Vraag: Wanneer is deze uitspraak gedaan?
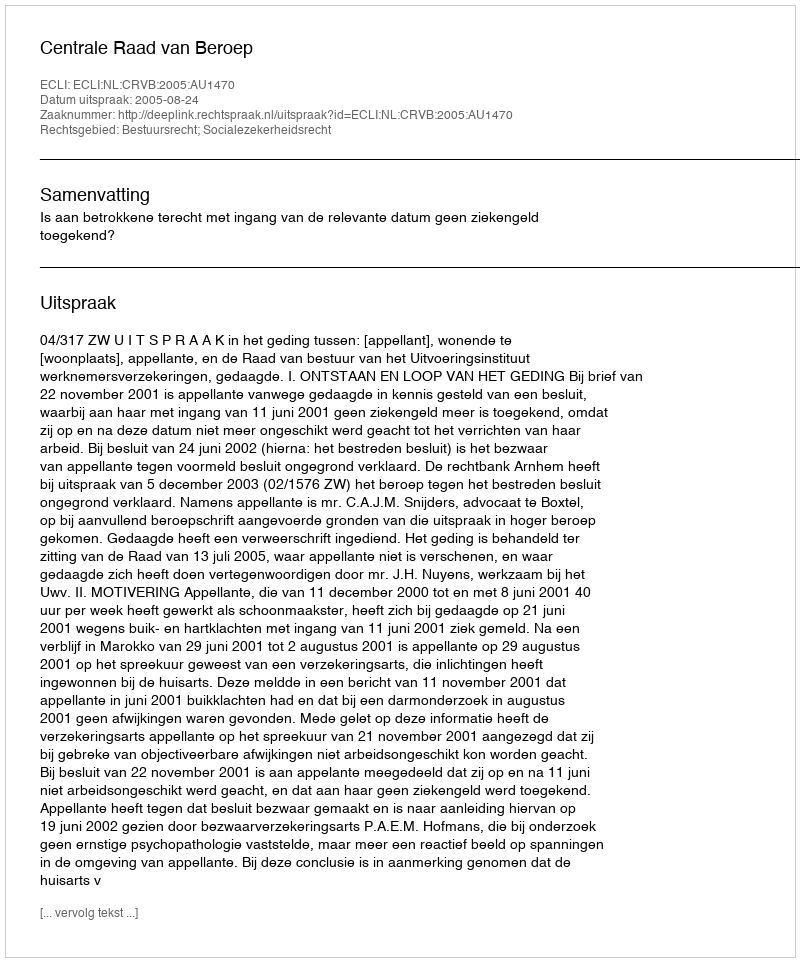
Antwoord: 2005-08-24